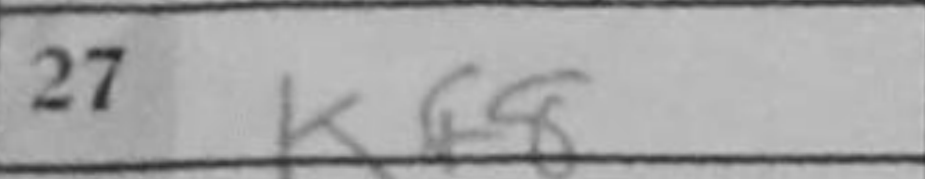
Transcription: Kf8